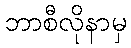
ဘာစီလိုနာမှ